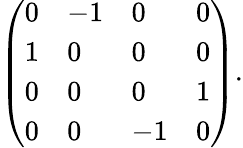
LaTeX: {\left(\begin{array}{llll}{0}&{-1}&{0}&{0}\\ {1}&{0}&{0}&{0}\\ {0}&{0}&{0}&{1}\\ {0}&{0}&{-1}&{0}\end{array}\right)}.